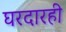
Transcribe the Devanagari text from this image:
घरदारही